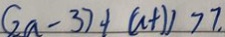
( 2 a - 3 ) + ( a + 1 ) > 7